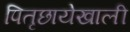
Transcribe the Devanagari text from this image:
पितृछायेखाली